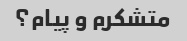
متشکرم و پیام؟